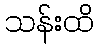
သန်းထိ